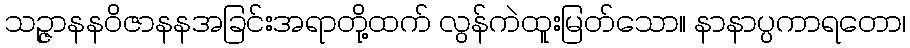
သဉ္ဇာနနဝိဇာနနအခြင်းအရာတို့ထက် လွန်ကဲထူးမြတ်သော။ နာနာပ္ပကာရတော၊